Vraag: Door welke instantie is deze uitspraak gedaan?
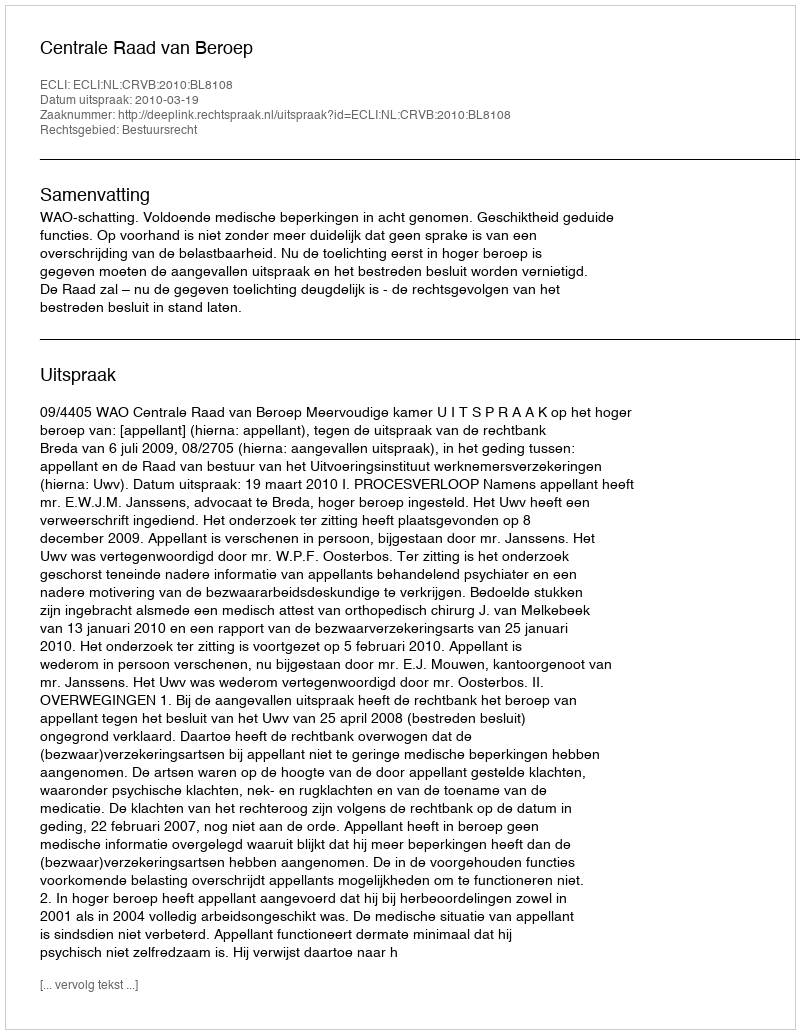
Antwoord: Centrale Raad van Beroep